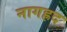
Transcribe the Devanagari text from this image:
नागह्रद